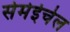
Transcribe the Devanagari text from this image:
सेमेईचेल